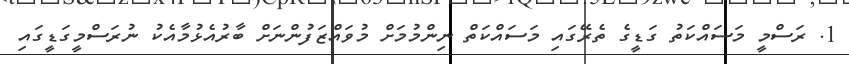
1. ރަސްމީ މަސައްކަތު ގަޑީގެ ތެރޭގައި މަސައްކަތް ނިންމުމަށް މުވައްޒަފުންނަށް ބާރުއެޅުމާއެކު ނުރަސްމީގަޑީގައި